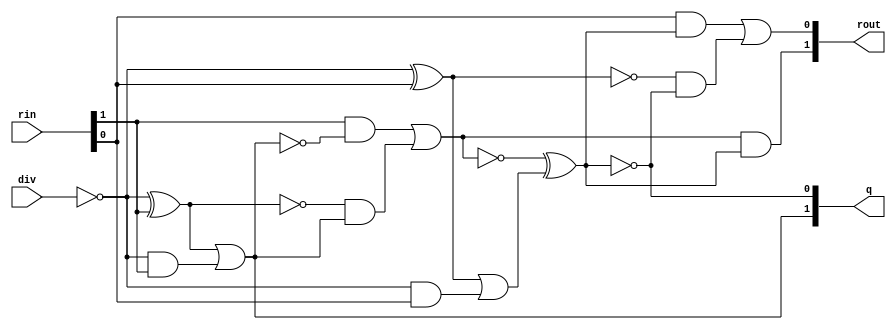
module divider(q, rout, rin, div);
  wire _0_;
  wire _1_;
  wire _2_;
  wire _3_;
  wire _4_;
  wire _5_;
  wire _6_;
  wire _7_;
  wire _8_;
  wire _9_;
  wire _10_;
  wire _11_;
  wire _12_;
  wire _13_;
  wire _14_;
  wire _15_;
  wire _16_;
  wire _17_;
  wire _18_;
  wire _19_;
  wire _20_;
  wire _21_;
  wire _22_;
  wire _23_;
  wire _24_;
  wire _25_;
  wire _26_;
  wire _27_;
  wire [2:0] r_0;
  wire [2:0] r_1;
  wire [1:0] m_1;
  wire [1:0] sum_1;
  wire [1:0] inv_1;
  wire [1:0] r_2;
  wire [1:0] m_2;
  wire [1:0] sum_2;
  wire [1:0] inv_2;
  wire zeroWire;
  wire oneWire;
  input [1:0] rin;
  input [0:0] div;
  output [1:0] q;
  output [1:0] rout;
  assign zeroWire = 1'b0 /*0*/;
  assign oneWire = 1'b1 /*0*/;
  assign r_0[0] = rin[0] /*65*/;
  assign r_0[1] = rin[1] /*64*/;
  assign r_0[2] = zeroWire /*63*/;
  assign inv_1[0] = ~div[0] /*62*/;
assign inv_1[1] = oneWire /*61*/;
  assign _0_ = inv_1[0] ^ r_0[1] /*59*/;
  assign sum_1[0] = _0_ ^ oneWire /*58*/;
  assign _1_ = _0_ & oneWire /*57*/;
  assign _2_ = inv_1[0] & r_0[1] /*56*/;
  assign _3_ = _1_ | _2_ /*55*/;
  assign _4_ = inv_1[1] ^ r_0[2] /*54*/;
  assign sum_1[1] = _4_ ^ _3_ /*53*/;
  assign _5_ = _4_ & _3_ /*52*/;
  assign _6_ = inv_1[1] & r_0[2] /*51*/;
  assign _7_ = _5_ | _6_ /*50*/;
  assign q[1] = ~sum_1[1] /*47*/;
  assign m_1[0] = r_0[1] /*46*/;
  assign m_1[1] = r_0[2] /*45*/;
  assign _8_ = ~q[1] /*43*/;
  assign _9_ = sum_1[0] & q[1] /*42*/;
  assign _10_ = m_1[0] & _8_ /*41*/;
  assign r_1[1] = _10_ | _9_ /*40*/;
  assign _11_ = ~q[1] /*39*/;
  assign _12_ = sum_1[1] & q[1] /*38*/;
  assign _13_ = m_1[1] & _11_ /*37*/;
  assign r_1[2] = _13_ | _12_ /*36*/;
assign r_1[0]= r_0[0] /*35*/;
  assign inv_2[0] = ~div[0] /*32*/;
assign inv_2[1] = oneWire /*31*/;
  assign _14_ = inv_2[0] ^ r_1[0] /*29*/;
  assign sum_2[0] = _14_ ^ oneWire /*28*/;
  assign _15_ = _14_ & oneWire /*27*/;
  assign _16_ = inv_2[0] & r_1[0] /*26*/;
  assign _17_ = _15_ | _16_ /*25*/;
  assign _18_ = inv_2[1] ^ r_1[1] /*24*/;
  assign sum_2[1] = _18_ ^ _17_ /*23*/;
  assign _19_ = _18_ & _17_ /*22*/;
  assign _20_ = inv_2[1] & r_1[1] /*21*/;
  assign _21_ = _19_ | _20_ /*20*/;
  assign q[0] = ~sum_2[1] /*17*/;
  assign m_2[0] = r_1[0] /*16*/;
  assign m_2[1] = r_1[1] /*15*/;
  assign _22_ = ~q[0] /*13*/;
  assign _23_ = sum_2[0] & q[0] /*12*/;
  assign _24_ = m_2[0] & _22_ /*11*/;
  assign r_2[0] = _24_ | _23_ /*10*/;
  assign _25_ = ~q[0] /*9*/;
  assign _26_ = sum_2[1] & q[0] /*8*/;
  assign _27_ = m_2[1] & _25_ /*7*/;
  assign r_2[1] = _27_ | _26_ /*6*/;
  assign rout[0] = r_2[0] /*0*/;
  assign rout[1] = r_2[1] /*1*/;
endmodule